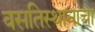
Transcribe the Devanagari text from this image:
वसतिस्थानाचा